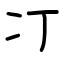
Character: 㓅